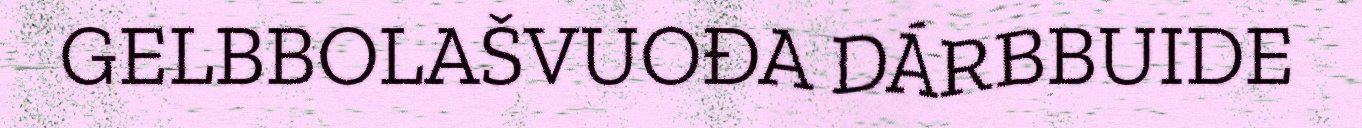
GELBBOLAŠVUOĐA DÁRBBUIDE